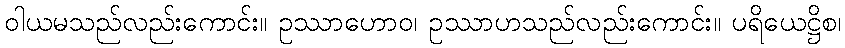
ဝါယမသည်လည်းကောင်း။ ဥဿာဟောဝ၊ ဥဿာဟသည်လည်းကောင်း။ ပရိယေဋ္ဌိစ၊